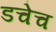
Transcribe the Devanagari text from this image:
डचेच